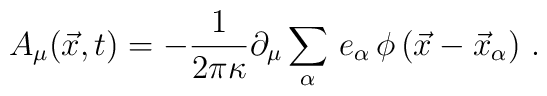
A_{\mu}(\vec{x},t) = - {1 \over 2\pi \kappa}\partial_{\mu} \sum\limits_{\alpha} \, e_{\alpha}\, \phi \left(\vec{x} - \vec{x}_{\alpha}\right) \, .